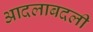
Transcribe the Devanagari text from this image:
आदलाबदली